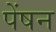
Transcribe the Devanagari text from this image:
पेंषन